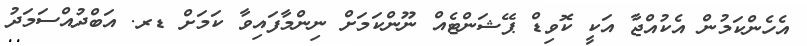
އެހެންކަމުން އެކުއްޖާ އަކީ ކޮވިޑް ޕޭޝަންޓެއް ނޫންކަމަށް ނިންމާފައިވާ ކަމަށް ޑރ. އަބްދުއްސަމަދު